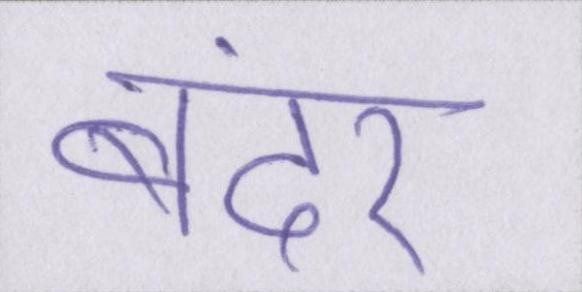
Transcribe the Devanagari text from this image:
बंदर